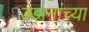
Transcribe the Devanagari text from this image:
डझनांच्या